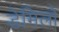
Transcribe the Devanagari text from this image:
डेमिलो